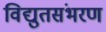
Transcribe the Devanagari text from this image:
विद्युतसंभरण